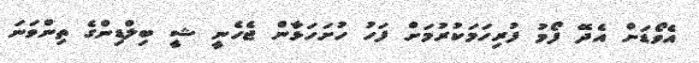
އެވޯޑަށް އެދޭ ފޯމު ފުރިހަމަކުރުމަށް ފަހު ހުށަހަޅާން ޖެހެނީ ޝީ ބިލްޑިންގެ ތިންވަނަ